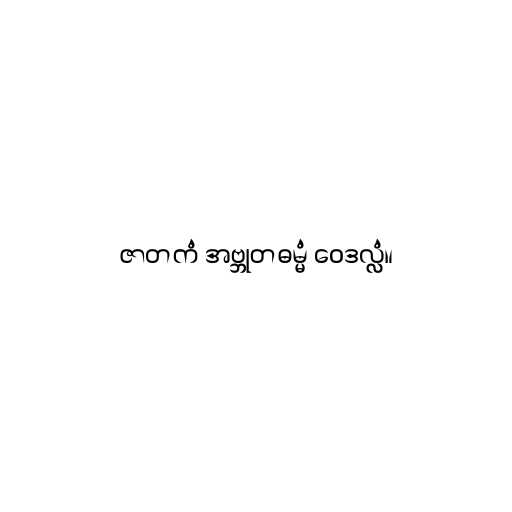
ဇာတကံ အဗ္ဘုတဓမ္မံ ဝေဒလ္လံ။